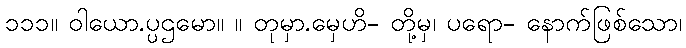
၁၁၁။ ဝါယော.ပ္ပဌမော။ ။ တုမှာ.မှေဟိ- တို့မှ၊ ပရော- နောက်ဖြစ်သော၊